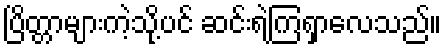
ပြိတ္တာများကဲ့သို့ပင် ဆင်းရဲကြရှာလေသည်။